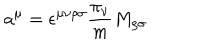
a ^ { \mu } = \epsilon ^ { \mu \nu \rho \sigma } \frac { \pi _ { \nu } } { m } M _ { \rho \sigma } \hspace { . 3 i n } .